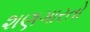
શણગારતો